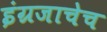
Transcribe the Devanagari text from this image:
इंग्रजाचेच